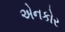
એનકોર